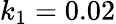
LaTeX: k_{1}=0.02